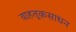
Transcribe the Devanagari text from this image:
वाहतूकसाधन